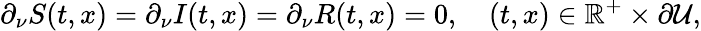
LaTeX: \partial_{\nu}S(t,x)=\partial_{\nu}I(t,x)=\partial_{\nu}R(t,x)=0,\quad(t,x)\in\mathbb{R}^{+}\times\partial\mathcal{U},